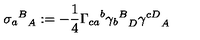
{ { \sigma _ { a } } ^ { B } } _ { A } : = - \frac { 1 } { 4 } { \Gamma _ { c a } } ^ { b } { { \gamma _ { b } } ^ { B } } _ { D } { \gamma ^ { c D } } _ { A }